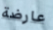
عارضة